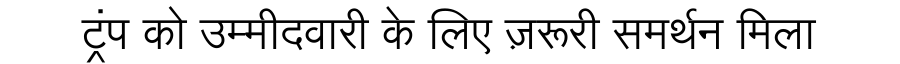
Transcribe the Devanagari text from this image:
ट्रंप को उम्मीदवारी के लिए ज़रूरी समर्थन मिला